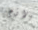
الازم